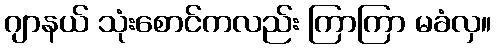
ဂျာနယ် သုံးစောင်ကလည်း ကြာကြာ မခံလှ။